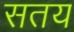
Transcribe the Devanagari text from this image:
सतय